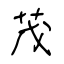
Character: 茂